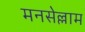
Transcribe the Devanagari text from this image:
मनसेल्लाम